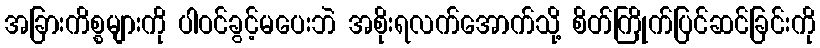
အခြားကိစ္စများကို ပါဝင်ခွင့်မပေးဘဲ အစိုးရလက်အောက်သို့ စိတ်ကြိုက်ပြင်ဆင်ခြင်းကို